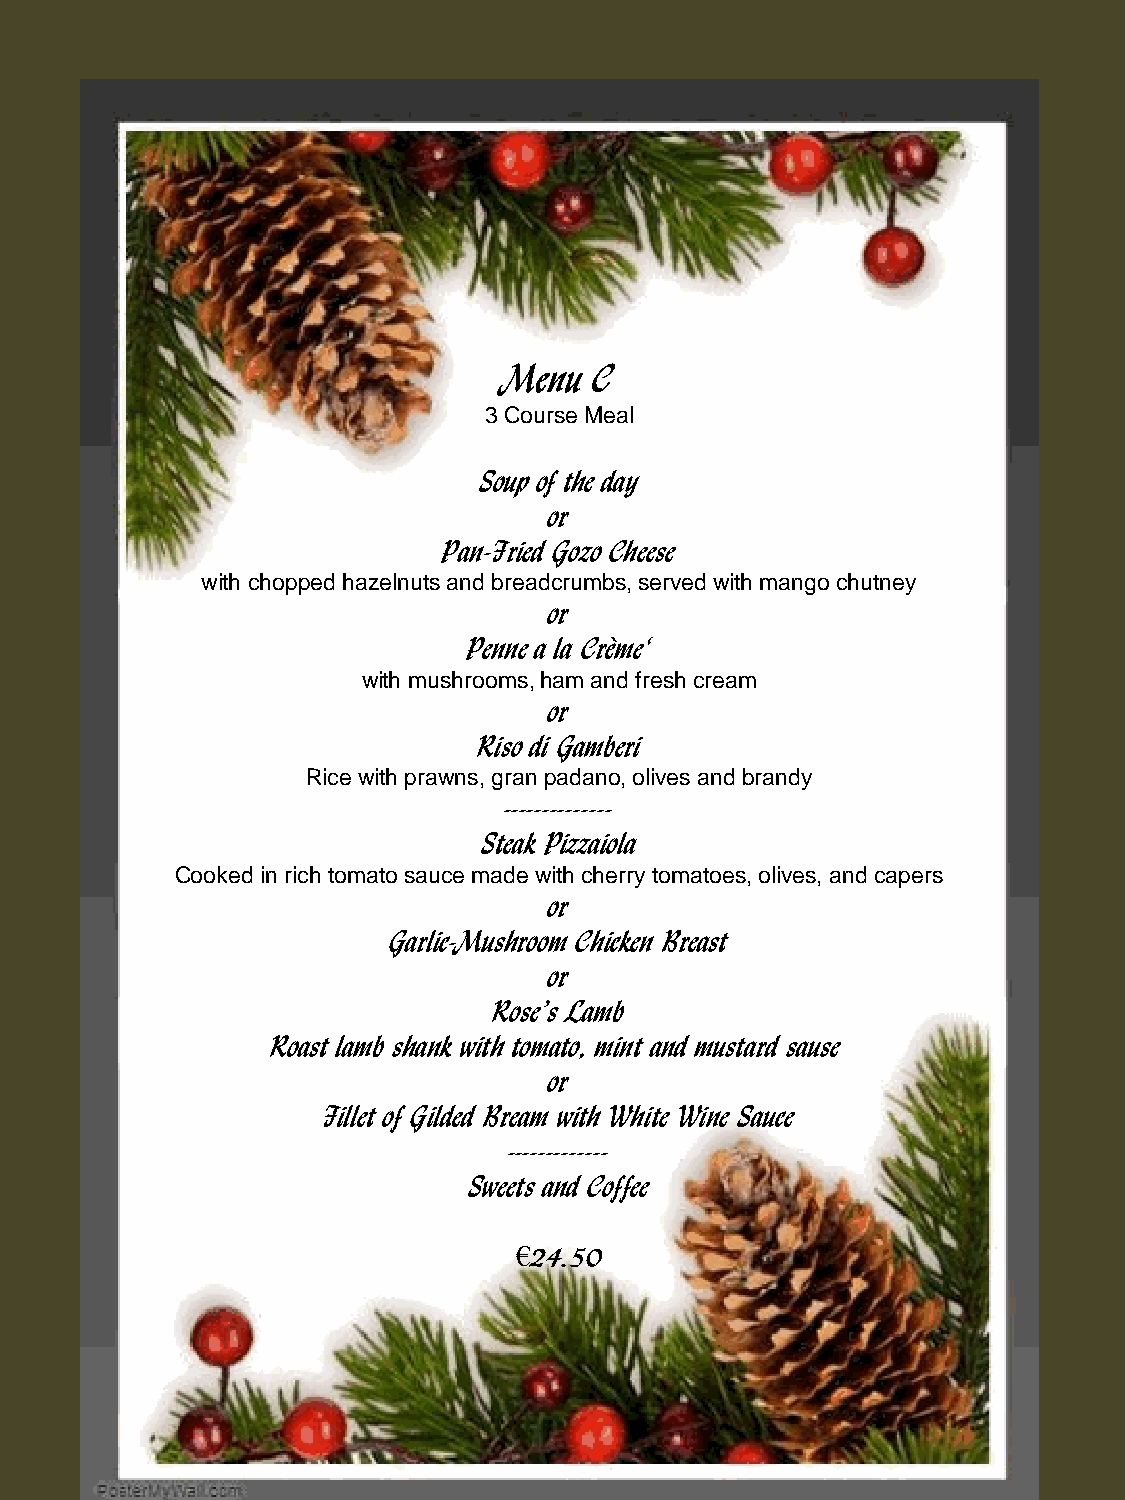
Menu  C
 3 Course Meal
 Soup of the day
 or
 Pan-Fried Gozo Cheese
 with chopped hazelnuts and breadcrumbs, served with mango chutney
 or
 Penne a la Crème‘
 with mushrooms, ham and fresh cream
 or
 Riso di Gamberi
 Rice with prawns, gran padano, olives and brandy
 --------------
 Steak Pizzaiola
 Cooked in rich tomato sauce made with cherry tomatoes, olives, and capers
 or
 Garlic-Mushroom Chicken Breast
 or
 Rose’s Lamb
 Roast lamb shank with tomato, mint and mustard sause
 or
 Fillet of Gilded Bream with White Wine Sauce
 -------------
 Sweets and Coffee
 €24.50